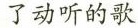
了动听的歌。